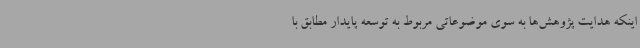
اینکه هدایت پژوهش‌ها به سوی موضوعاتی مربوط به توسعه پایدار مطابق با